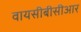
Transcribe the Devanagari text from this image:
वायसीबीसीआर